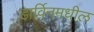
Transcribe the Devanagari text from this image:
डार्विनमधील